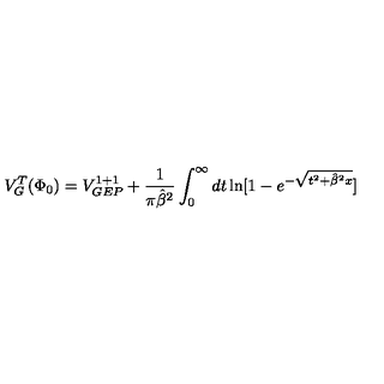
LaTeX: V _ { G } ^ { T } ( \Phi _ { 0 } ) = V _ { G E P } ^ { 1 + 1 } + { \frac { 1 } { \pi { \hat { \beta } } ^ { 2 } } } \int _ { 0 } ^ { \infty } d t \ln [ 1 - e ^ { - \sqrt { t ^ { 2 } + { \hat { \beta } } ^ { 2 } x } } ]